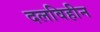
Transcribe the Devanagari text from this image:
दलविहीन